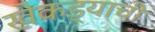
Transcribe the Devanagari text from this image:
खेकड्याची